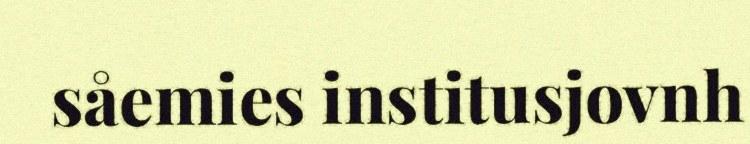
såemies institusjovnh